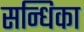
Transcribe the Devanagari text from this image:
सन्धिका